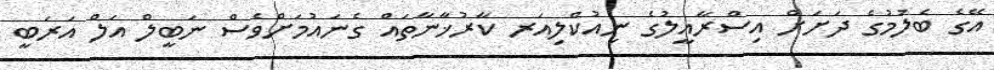
އޭގެ ބެލުމުގެ ދަށަށް އިސްރާއީލުގެ ނިއުކްލިއަރ ކާރުޚާނާތައް ގެނައުމަށްވެސް ނަބީލް އަލް އަރަބީ